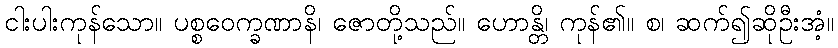
ငါးပါးကုန်သော။ ပစ္စဝေက္ခဏာနိ၊ ဇောတို့သည်။ ဟောန္တိ၊ ကုန်၏။ စ၊ ဆက်၍ဆိုဦးအံ့။